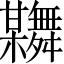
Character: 𦨂